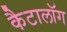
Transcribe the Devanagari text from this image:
कैटालॉग